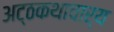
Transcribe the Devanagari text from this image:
अट्ठकथाचार्य